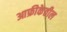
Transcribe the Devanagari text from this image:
आफ्रीकेतील